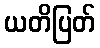
ယတိပြတ်